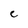
Character: e